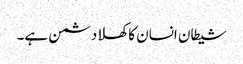
شیطان انسان کا کھلا دشمن ہے۔